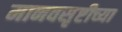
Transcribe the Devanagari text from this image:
मानवसृष्टीच्या